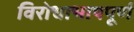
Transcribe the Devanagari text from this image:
विरोधाभाषपूर्ण